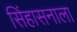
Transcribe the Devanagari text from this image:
सिंहासनाला